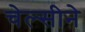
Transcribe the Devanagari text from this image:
चेल्सीने